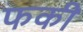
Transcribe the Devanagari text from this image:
फकी